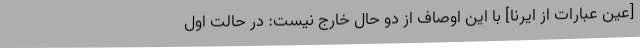
[عین عبارات از ایرنا] با این اوصاف از دو حال خارج نیست: در حالت اول